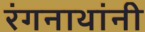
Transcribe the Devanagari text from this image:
रंगनाथांनी